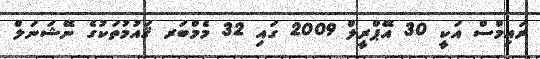
ރައިމްސް އަކީ 30 އޭޕްރީލް 2009 ގައި 32 މެމްބަރ ޤައުމުތަކުގެ ނޭޝަނަލް